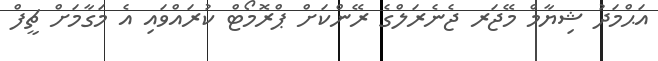
އަޙްމަދު ޝިޔާމް މޭޖަރ ޖެނެރަލްގެ ރޭންކަށް ޕްރޮމޯޓް ކުރައްވައި އެ މަގާމަށް ޗީފް